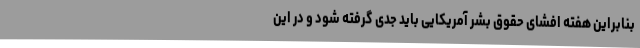
بنابراین هفته افشای حقوق بشر آمریکایی باید جدی گرفته شود و در این